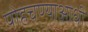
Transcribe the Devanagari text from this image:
पोहचण्याआधी